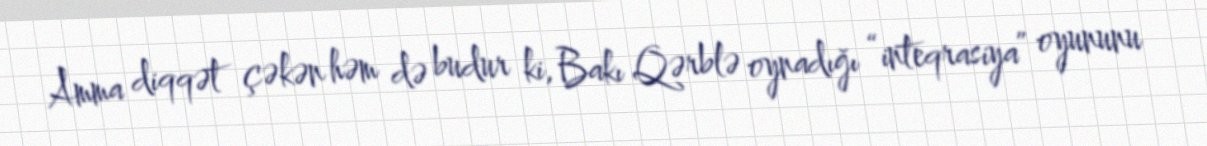
Amma diqqət çəkən həm də budur ki, Bakı Qərblə oynadığı “inteqrasiya” oyununu